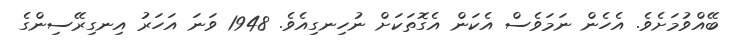
ބޭއްވުމަށެވެ. އެހެން ނަމަވެސް އެކަން އެގޮތަކަށް ނުހިނގިއެވެ. 1948 ވަނަ އަހަރު އިނގިރޭސިންގެ